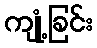
ကျုံ့ခြင်း